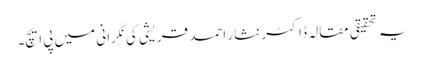
یہ تحقیقی مقالہ ڈاکٹر نثار احمد قریشی کی نگرانی میں پی ایچ۔